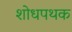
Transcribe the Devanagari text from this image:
शोधपथक